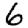
Digit: 6